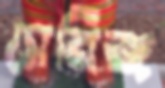
সেনিজ